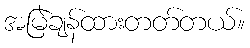
အမြဲချန်ထားတတ်တယ်။